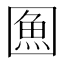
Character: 𭍯